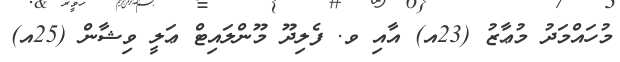
މުހައްމަދު މުޢާޒު (23އ) އާއި ވ. ފެލިދޫ މޫންލައިޓް ޢަލީ ވިޝާން (25އ)